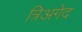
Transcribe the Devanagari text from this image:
त्रिअगेद